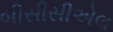
બીસીસીએલ